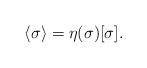
LaTeX: \begin{align*} \left<\sigma\right> = \eta(\sigma) [\sigma].\end{align*}